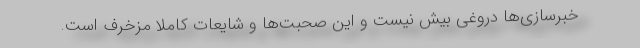
خبرسازی‌ها دروغی بیش نیست و این صحبت‌ها و شایعات کاملا مزخرف است.